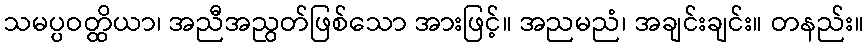
သမပ္ပဝတ္ထိယာ၊ အညီအညွတ်ဖြစ်သော အားဖြင့်။ အညမညံ၊ အချင်းချင်း။ တနည်း။